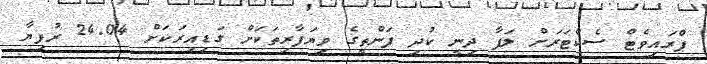
ޕްރައިވެޓް ސެކްޓަރަށް ލަފާ ދިނީ ކުދި ފަންތީގެ ވިޔަފާރިތަކަށް ގަޑިއިރަކަށް 24.04 ރުފިޔާ